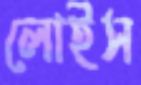
লোইস